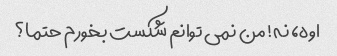
اوه، نه! من نمی توانم شکست بخورم حتما؟